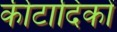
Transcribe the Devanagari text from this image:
कीटादिकों